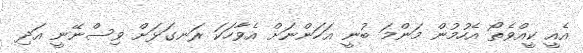
އެއީ ކީއްވެތޯ އެހުމުން މަންމަ ބުނީ އަހަންނަށް އެވާހަކަ ރަނގަޅަށް ވިސްނޭނީ އަދި